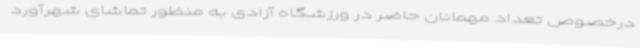
درخصوص تعداد مهمانان حاضر در ورزشگاه آزادی به منظور تماشای شهرآورد